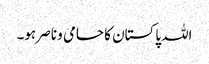
اللہ پاکستان کا حامی و ناصر ہو۔